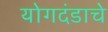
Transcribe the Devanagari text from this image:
योगदंडाचे